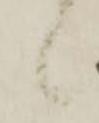
候